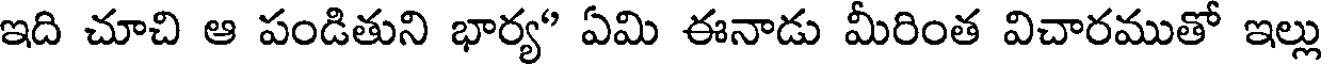
ఇది చూచి ఆ పండితుని భార్య" ఏమి ఈనాడు మీరింత విచారముతో ఇల్లు